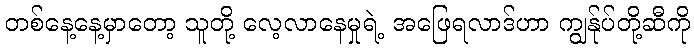
တစ်နေ့နေ့မှာတော့ သူတို့ လေ့လာနေမှုရဲ့ အဖြေရလာဒ်ဟာ ကျွန်ုပ်တို့ဆီကို